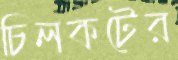
চিলকটের